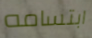
ابتسامه